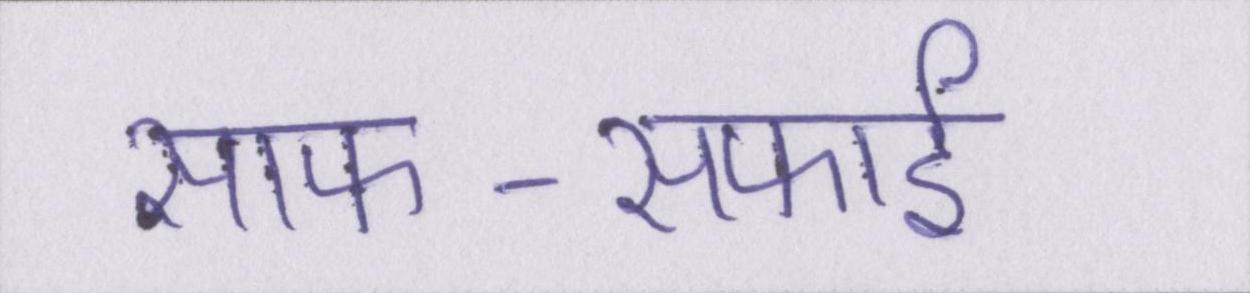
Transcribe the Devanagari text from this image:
साफ-सफाई